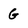
Character: G